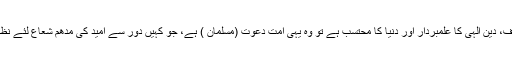
یہ سب کچھ ہے مگر اس شب دیجوری میں اگر کوئی صاحب ید بیضاء، جاہلیت کا حریف، دین الہی کا علمبردار اور دنیا کا محتسب ہے تو وہ یہی امت دعوت (مسلمان ) ہے، جو کہیں دور سے امید کی مدھم شعاع لئے نظر آتا ہے، اسی کے متعلق رسول اللہ صلی اللہ علیہ وسلم نے میدان بدر میں فر مایا تھا :۔